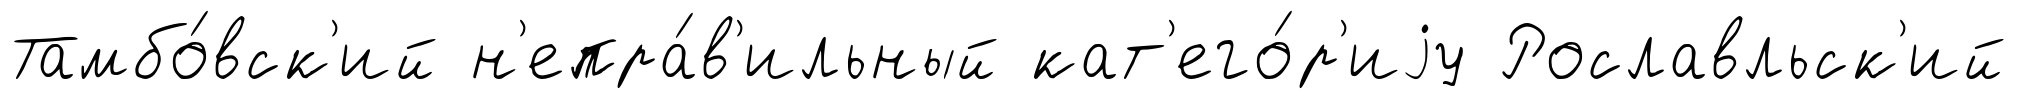
Тамбо́вск'ий н'епра́в'ильный кат'его́р'иjу Рославльск'ий